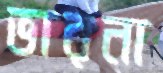
ভারনা